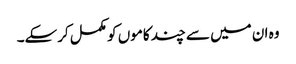
وہ ان میں سے چند کاموں کو مکمل کرسکے۔